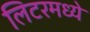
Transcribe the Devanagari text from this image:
लिटरमध्ये